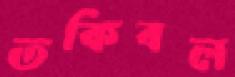
তকিবল